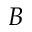
B